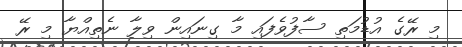
މި ރޭގެ އުޑުމަތި ސާފުވެފައި މާ ގިނައިން ވިލާ ނެތިއްޔާ މި ރޭ